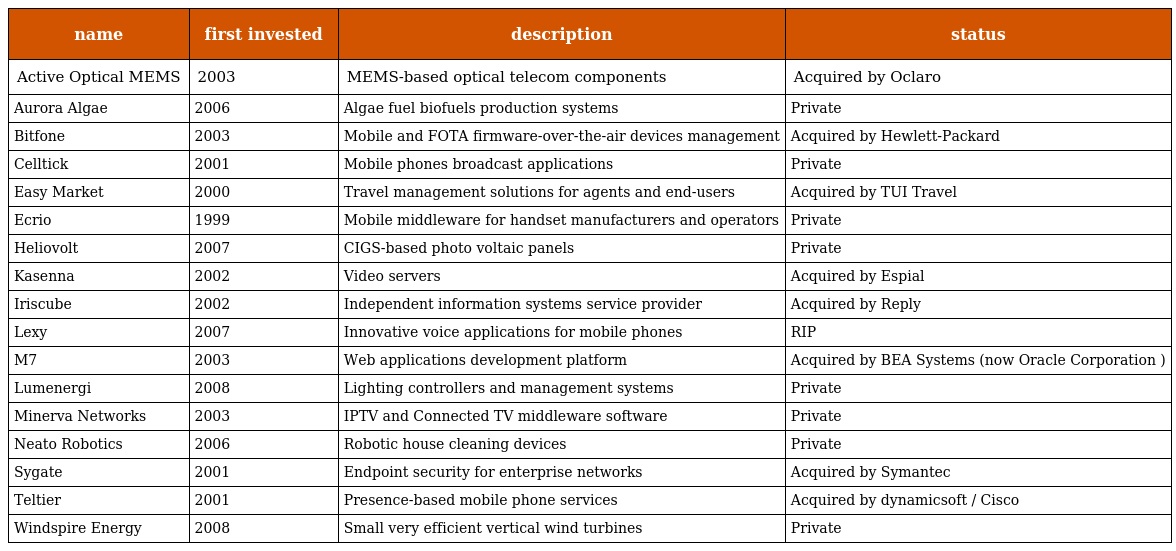
| name | first invested | description | status |
 | --- | --- | --- | --- |
 | Active Optical MEMS | 2003 | MEMS-based optical telecom components | Acquired by Oclaro |
 | Aurora Algae | 2006 | Algae fuel biofuels production systems | Private |
 | Bitfone | 2003 | Mobile and FOTA firmware-over-the-air devices management | Acquired by Hewlett-Packard |
 | Celltick | 2001 | Mobile phones broadcast applications | Private |
 | Easy Market | 2000 | Travel management solutions for agents and end-users | Acquired by TUI Travel |
 | Ecrio | 1999 | Mobile middleware for handset manufacturers and operators | Private |
 | Heliovolt | 2007 | CIGS-based photo voltaic panels | Private |
 | Kasenna | 2002 | Video servers | Acquired by Espial |
 | Iriscube | 2002 | Independent information systems service provider | Acquired by Reply |
 | Lexy | 2007 | Innovative voice applications for mobile phones | RIP |
 | M7 | 2003 | Web applications development platform | Acquired by BEA Systems (now Oracle Corporation ) |
 | Lumenergi | 2008 | Lighting controllers and management systems | Private |
 | Minerva Networks | 2003 | IPTV and Connected TV middleware software | Private |
 | Neato Robotics | 2006 | Robotic house cleaning devices | Private |
 | Sygate | 2001 | Endpoint security for enterprise networks | Acquired by Symantec |
 | Teltier | 2001 | Presence-based mobile phone services | Acquired by dynamicsoft / Cisco |
 | Windspire Energy | 2008 | Small very efficient vertical wind turbines | Private |